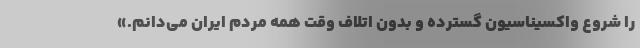
را شروع واکسیناسیون گسترده و بدون اتلاف وقت همه مردم ایران می‌دانم.»